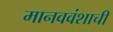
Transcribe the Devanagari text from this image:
मानववंशाची